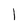
Character: l